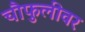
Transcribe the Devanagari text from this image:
चौफुलीवर